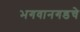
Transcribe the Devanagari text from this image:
भगवानगडचे